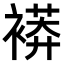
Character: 𧜒